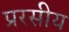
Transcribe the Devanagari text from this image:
प्ररसीय